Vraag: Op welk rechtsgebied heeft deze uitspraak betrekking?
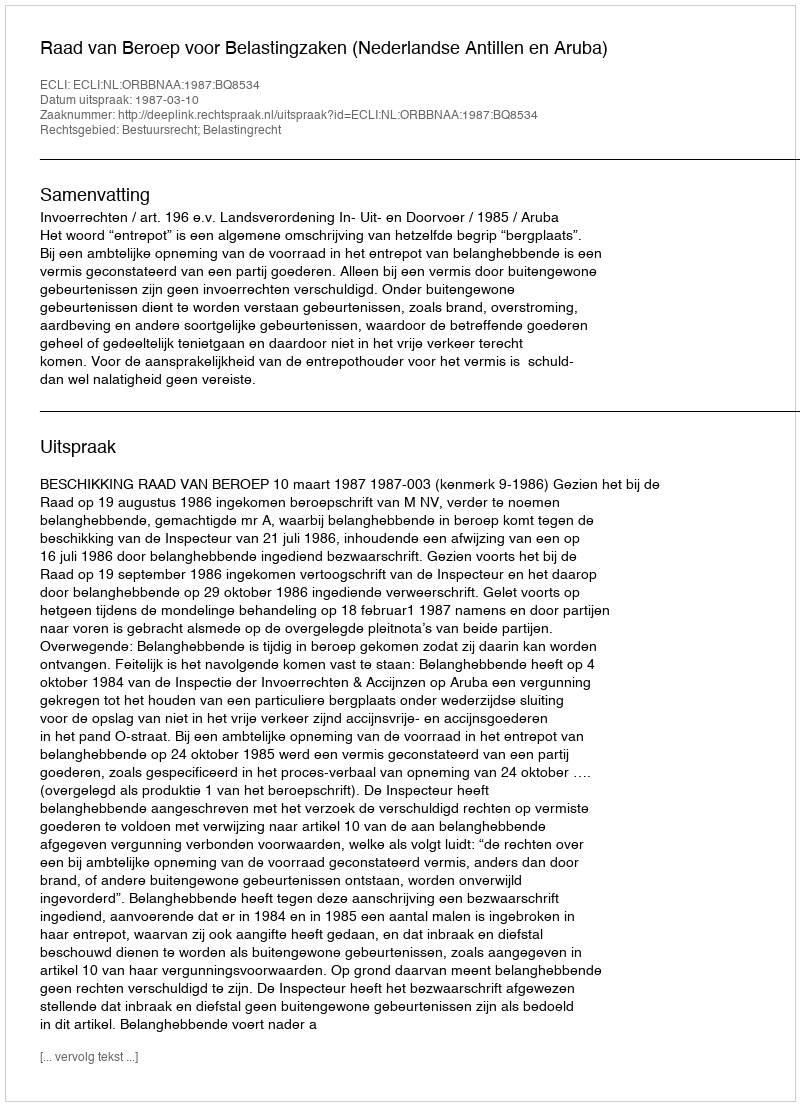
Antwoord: Bestuursrecht; Belastingrecht